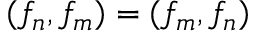
( f _ { n } , f _ { m } ) = ( f _ { m } , f _ { n } )